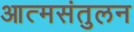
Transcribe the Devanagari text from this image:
आत्मसंतुलन